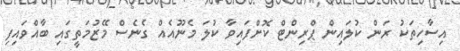
އިސާހިތަކު ރަން ކުލައިން ޕްރިންޓް ކޮށްފައިވާ ކުލަ މެނޫއެއް ގެނެސް މޭޒުމަތީގައި ބާއްވައިފި